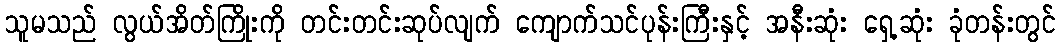
သူမသည် လွယ်အိတ်ကြိုးကို တင်းတင်းဆုပ်လျက် ကျောက်သင်ပုန်းကြီးနှင့် အနီးဆုံး ရှေ့ဆုံး ခုံတန်းတွင်